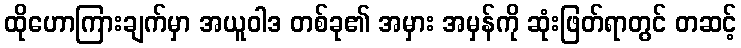
ထိုဟောကြားချက်မှာ အယူဝါဒ တစ်ခု၏ အမှား အမှန်ကို ဆုံးဖြတ်ရာတွင် တဆင့်